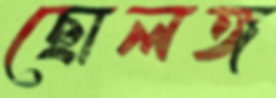
ছোলঙ্গ